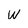
Character: w